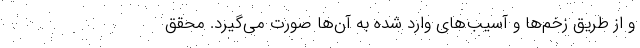
و از طریق زخم‌ها و آسیب‌های وارد شده به آن‌ها صورت می‌گیرد. محقق